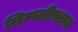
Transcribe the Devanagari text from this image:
सिम्पलीफ्लाय